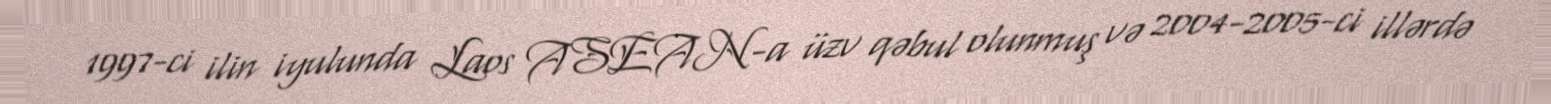
1997-ci ilin iyulunda Laos ASEAN-a üzv qəbul olunmuş və 2004-2005-ci illərdə